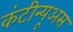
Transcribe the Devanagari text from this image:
कंटीन्यूअस